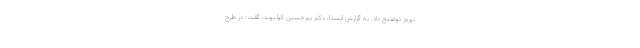
نوروز توضیح داد. به گزارش ایسنا، دکتر پیرحسین کولیوند، ‌گفت: در طرح